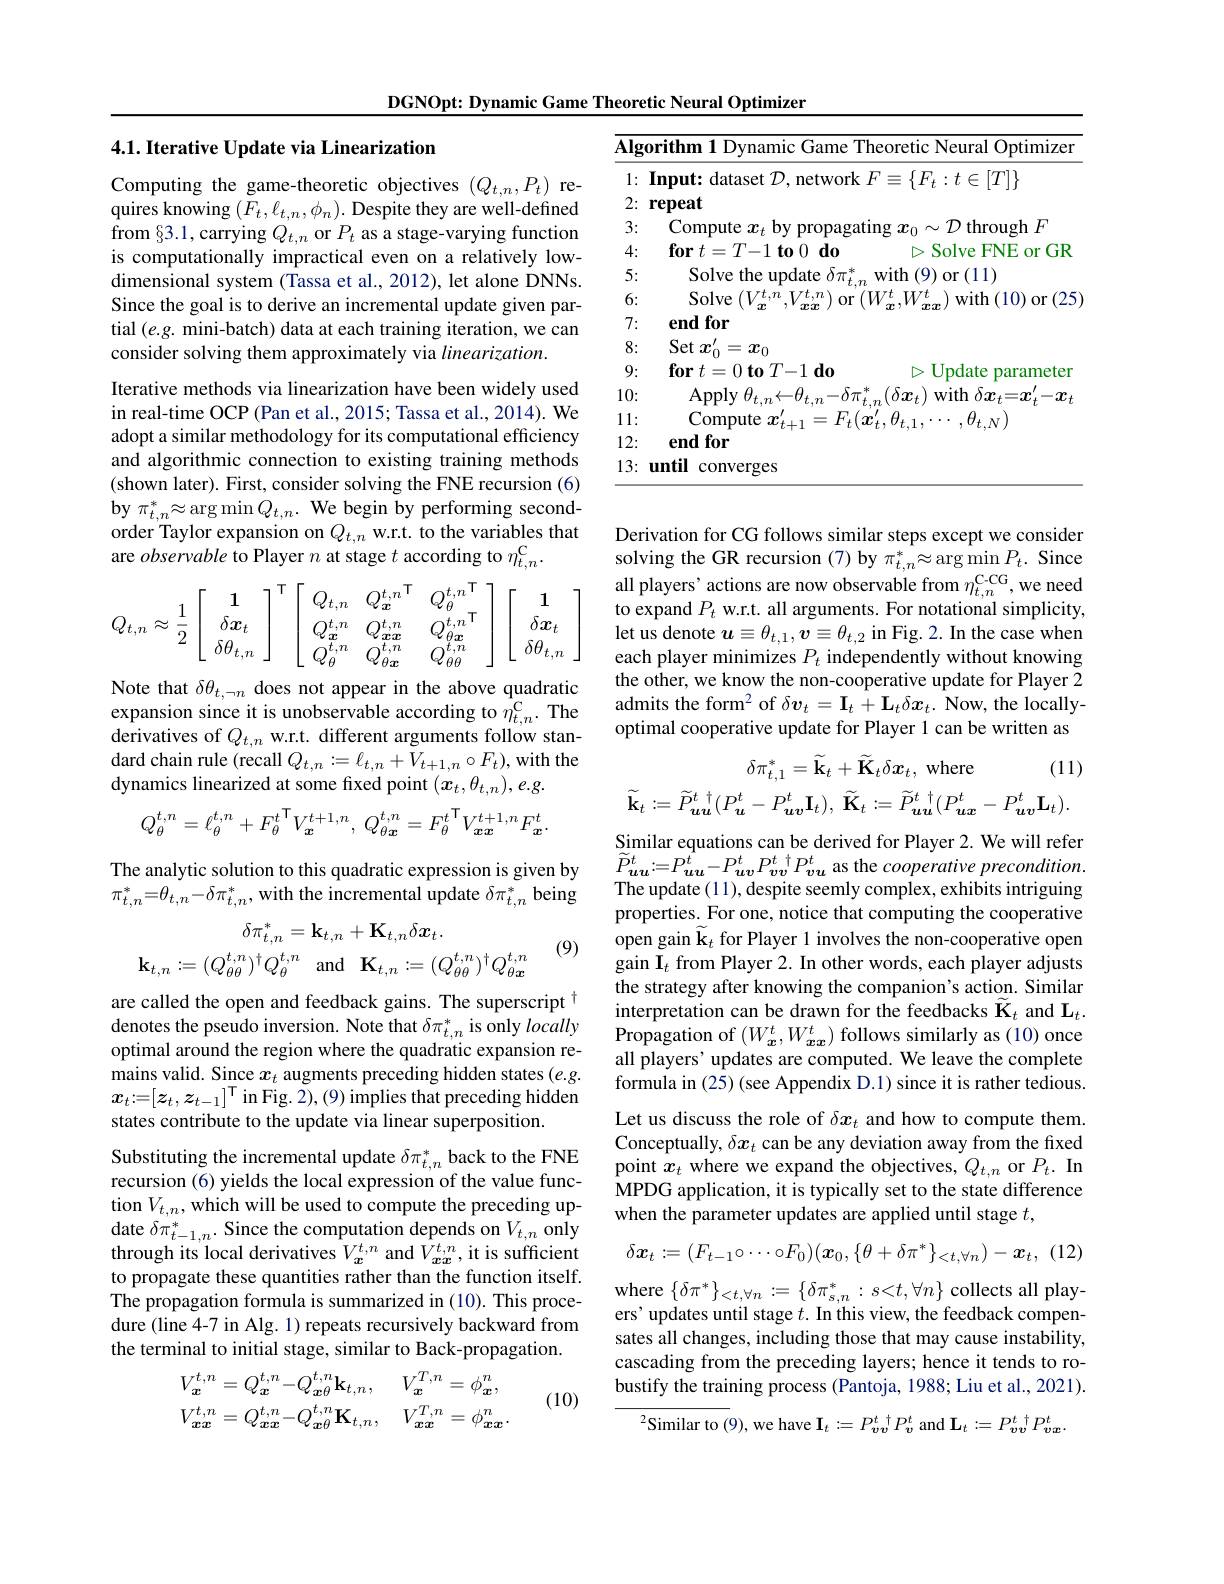
DGNOpt: Dynamic Game Theoretic Neural Optimizer

### 4.1. Iterative Update via Linearization

<table>
	<tbody>
		<tr>
			<th>$\overline{\mathbf{Alg}}$</th>
			<th>orithm 1 Dynamic Game Theoretic Neural Optimizer</th>
		</tr>
		<tr>
			<td>2: I</td>
			<td>repeat</td>
		</tr>
		<tr>
			<td>3: T</td>
			<td>Compute $\mathcal{D}$through$F$</td>
		</tr>
		<tr>
			<td>4: 1</td>
			<td>$\textbf{for}t= T- 1\textbf{to}0\textbf{do}$ $\triangleright$Solve FNE or GR</td>
		</tr>
		<tr>
			<td>5: ·</td>
			<td>Solve the undate $\lambda.$ with (9) $\operatorname{or}(11)$</td>
		</tr>
		<tr>
			<td>6:</td>
			<td>Solve $It,\mathcal{T}$ $11A/$ 11 $\mathop{\mathrm{with}}\left(10\right)\mathop{\mathrm{or}}\left(25\right)$ $0f$</td>
		</tr>
		<tr>
			<td>7: · T</td>
			<td>endfor</td>
		</tr>
		<tr>
			<td>8: 1 T</td>
			<td>$\operatorname{Set}x_{0}^{\prime}$ $=x_0$</td>
		</tr>
		<tr>
			<td>9: T 11</td>
			<td>$\textbf{for}t= 0\textbf{to}T- 1\textbf{do}$ $\triangleright$Update parameter</td>
		</tr>
		<tr>
			<td>10:</td>
			<td>$\lambda\boldsymbol{\gamma}$ $x_{11}fh$ 1.4 $\lambda^{\prime}$</td>
		</tr>
		<tr>
			<td>11: $\bullet$ </td>
			<td>Compute H $NY$</td>
		</tr>
		<tr>
			<td>12:</td>
			<td>endfor</td>
		</tr>
		<tr>
			<td>13: $f(x)=f(x)$</td>
			<td>converges mfi</td>
		</tr>
	</tbody>
</table>

Computing the game-theoretic objectives $(Q_{t,n},P_{t})$ requires knowing $(F_t,\ell_{t,n},\phi_n).$ Despite they are well-defined from $\S3.1$,carrying $Q_{t,n}$ or $P_{t}$ as a stage-varying function is computationally impractical even on a relatively lowdimensional system (Tassa et al., 2012), let alone DNNs. Since the goal is to derive an incremental update given partial $(e.g.$ mini-batch) data at each training iteration, we can consider solving them approximately via $linearization.$
Iterative methods via linearization have been widely used in real-time OCP (Pan et al., 2015; Tassa et al., 2014). We adopt a similar methodology for its computational efficiency and algorithmic connection to existing training methods (shown later). First, consider solving the FNE recursion (6) $\operatorname{by}\pi_{t,n}^{*}\approx\operatorname{arg}\operatorname*{min}Q_{t,n}.$We begin by performing secondorder Taylor expansion on $Q_{t,n}$ w.r.t. to the variables that are observable to Player $n$ at stage $t$ according to $\eta_t,n^\mathrm{C}.$
$$Q_{t,n}\approx\dfrac{1}{2}\left[\begin{array}{c}1\\\delta\boldsymbol{x}_{t}\\\delta\theta_{t,n}\end{array}\right]^{\mathsf T}\left[\begin{array}{ccc}Q_{t,n}&Q_{\boldsymbol{x}}^{t,n}{}^{\mathsf T}&Q_{\theta}^{t,n}{}^{\mathsf T}\\Q_{\boldsymbol{x}}^{t,n}&Q_{\boldsymbol{x}\boldsymbol{x}}^{t,n}&Q_{\theta\boldsymbol{x}}^{t,n}{}^{\mathsf T}\\Q_{\theta}^{t,n}&Q_{\theta\boldsymbol{x}}^{t,n}&Q_{\theta\theta}^{t,n}\end{array}\right]\left[\begin{array}{c}\mathbf{1}\\\delta\boldsymbol{x}_{t}\\\delta\theta_{t,n}\end{array}\right]$$
Derivation for CG follows similar steps except we consider solving the GR recursion (7) by $\pi_{t,n}^*\approx\arg\min P_{t}.$ Since all players' actions are now observable from $\eta_t,n^\mathrm{C-CG}$,we need to expand $P_t$ w.r.t. all arguments. For notational simplicity, let us denote $u\equiv\theta_{t,1},\boldsymbol{v}\equiv\theta_{t,2}$ in Fig.2. In the case when each player minimizes $P_t$ independently without knowing the other, we know the non-cooperative update for Player 2 admits the form$^2$ of $\delta\boldsymbol v_t=\mathbf{I}_t+\mathbf{L}_t\delta x_t.$ Now, the locallyoptimal cooperative update for Player 1 can be written as

Note that $\delta\theta_{t,\neg n}$ does not appear in the above quadratic expansion since it is unobservable according to $\hat{\eta}_{t,n}^{\mathrm{C}}.$ The derivatives of $Q_{t,n}$ w.r.t. different arguments follow standard chain rule (recall $Q_t,n:=\ell_{t,n}+\dot{V}_{t+1,n}\circ F_{t})$,with the dynamics linearized at some fixed point $(\boldsymbol x_t,\theta_{t,n}),e.g.$
$$Q_{\theta}^{t,n}=\ell_{\theta}^{t,n}+F_{\theta}^{t}^{\mathsf{T}}V_{\boldsymbol{x}}^{t+1,n},\:Q_{\theta\boldsymbol{x}}^{t,n}=F_{\theta}^{t}^{\mathsf{T}}V_{\boldsymbol{x}\boldsymbol{x}}^{t+1,n}F_{\boldsymbol{x}}^{t}.$$
$$\delta\pi_{t,1}^{*}=\widetilde{\mathbf{k}}_{t}+\widetilde{\mathbf{K}}_{t}\delta\boldsymbol{x}_{t},\mathrm{~where}\quad(11)\\\tilde{\mathbf{k}}_{t}:=\widetilde{P}_{\boldsymbol{uu}}^{t\:\dagger}(P_{\boldsymbol{u}}^{t}-P_{\boldsymbol{uv}}^{t}\mathbf{I}_{t}),\:\widetilde{\mathbf{K}}_{t}:=\widetilde{P}_{\boldsymbol{uu}}^{t\:\dagger}(P_{\boldsymbol{ux}}^{t}-P_{\boldsymbol{uv}}^{t}\mathbf{L}_{t}).$$
The analytic solution to this quadratic expression is given by $\pi_{t,n}^{*}=\theta_{t,n}-\delta\pi_{t,n}^{*}$,with the incremental update $\delta\pi_t,n^{*}$ being
$$\begin{aligned}\delta\pi_{t,n}^{*}&=\mathbf{k}_{t,n}+\mathbf{K}_{t,n}\delta\boldsymbol{x}_{t}.\\\mathbf{k}_{t,n}&:=(Q_{\theta\theta}^{t,n})^{\dagger}Q_{\theta}^{t,n}\quad\mathrm{and}\quad\mathbf{K}_{t,n}:=(Q_{\theta\theta}^{t,n})^{\dagger}Q_{\theta\boldsymbol{x}}^{t,n}\end{aligned}$$
(9)

Similar equations can be derived for Player 2. We will refer $\widetilde{P} _{uu}^{t}: = P_{uu}^{t}- P_{uv}^{t}P_{vv}^{t}\:^{\dagger }P_{vu}^{t}$ as the cooperative $precondition.$ The update (11), despite seemly complex, exhibits intriguing properties. For one, notice that computing the cooperative open gain $\widetilde\mathbf{k}_t$ for Player 1 involves the non-cooperative open gain $\mathbf{I}_t$ from Player 2. In other words, each player adjusts the strategy after knowing the companion's action. Similar interpretation can be drawn for the feedbacks $\widetilde{\mathbf{K}}_t$ and $\mathbf{L}_t.$ $\hat{\text{Propagation of}}\left(W_{\boldsymbol{x}}^{t},W_{\boldsymbol{x}\boldsymbol{x}}^{t}\right)$follows similarly as (10) once all players' updates are computed. We leave the complete formula in (25) (see Appendix D.1) since it is rather tedious. Let us discuss the role of $\delta x_t$ and how to compute them. Conceptually, $\delta x_t$ can be any deviation away from the fixed point $x_t$ where we expand the objectives, $Q_t,n$ or $P_t.$ In MPDG application, it is typically set to the state difference when the parameter updates are applied until stage $t$,

are called the open and feedback gains. The superscript t denotes the pseudo inversion. Note that $\delta\pi_{t,n}^*$ is only locally optimal around the region where the quadratic expansion remains valid. Since $x_t$ augments preceding hidden states $(e.g.$ $x_{t}:=[z_{t},z_{t-1}]^{\mathrm{T}}$in Fig. 2),(9) implies that preceding hidden states contribute to the update via linear superposition.
$$\delta\boldsymbol{x}_t:=(F_{t-1}\circ\cdots\circ F_0)(\boldsymbol{x}_0,\{\theta+\delta\pi^*\}_{<t,\forall n})-\boldsymbol{x}_t$$
(12)

Substituting the incremental update $\delta\pi_{t,n}^{*}$ back to the FNE recursion (6) yields the local expression of the value function $V_{t,n}$,which will be used to compute the preceding up- $\operatorname*{date}\delta\pi_{t-1,n}^{*}.$Since the computation depends on $V_{t,n}$ only through its local derivatives $V_{x}^{t,n}$ and $\bar{V}_{xx}^{t,n}$, it is sufficient to propagate these quantities rather than the function itself. The propagation formula is summarized in (10). This procedure (line 4-7 in Alg. 1) repeats recursively backward from the terminal to initial stage, similar to Back-propagation.

where $\{ \delta \pi ^{* }\} _{< t, \forall n}: = \{ \delta \pi _{s, n}^{* }: s< t, \forall n\}$ collects all players' updates until stage $t.$ In this view, the feedback compensates all changes, including those that may cause instability, cascading from the preceding layers; hence it tends to robustify the training process (Pantoja, 1988; Liu et al., 2021).

(10)
$$V_{x}^{t,n}=Q_{x}^{t,n}-Q_{x\theta}^{t,n}\mathbf{k}_{t,n},\quad V_{x}^{T,n}=\phi_{x}^{n},\\V_{xx}^{t,n}=Q_{xx}^{t,n}-Q_{x\theta}^{t,n}\mathbf{K}_{t,n},\quad V_{xx}^{T,n}=\phi_{xx}^{n}.$$
$^{2}$Similar to(9),we have $\mathbf{I}_t:=P_{vv}^{t}{}^{\dagger}P_{v}^{t}$ and $\mathbf{L}_t:=P_{vv}^{t}{}^{\dagger}P_{vx}^{t}.$